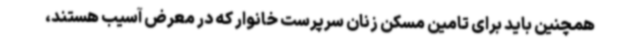
همچنین باید برای تامین مسکن زنان سرپرست خانوار که در معرض آسیب هستند،